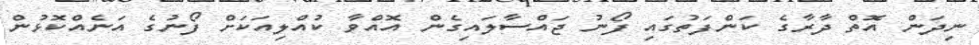
ނިދަން އޮތް ދާރާގެ ކަންފަތުގައި ފޯނު ޖައްސާލައިގެން އޮއްވާ ކުއްލިއަކަށް ފޯނުގެ އަނެއްކޮޅުން